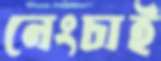
নেংচাই